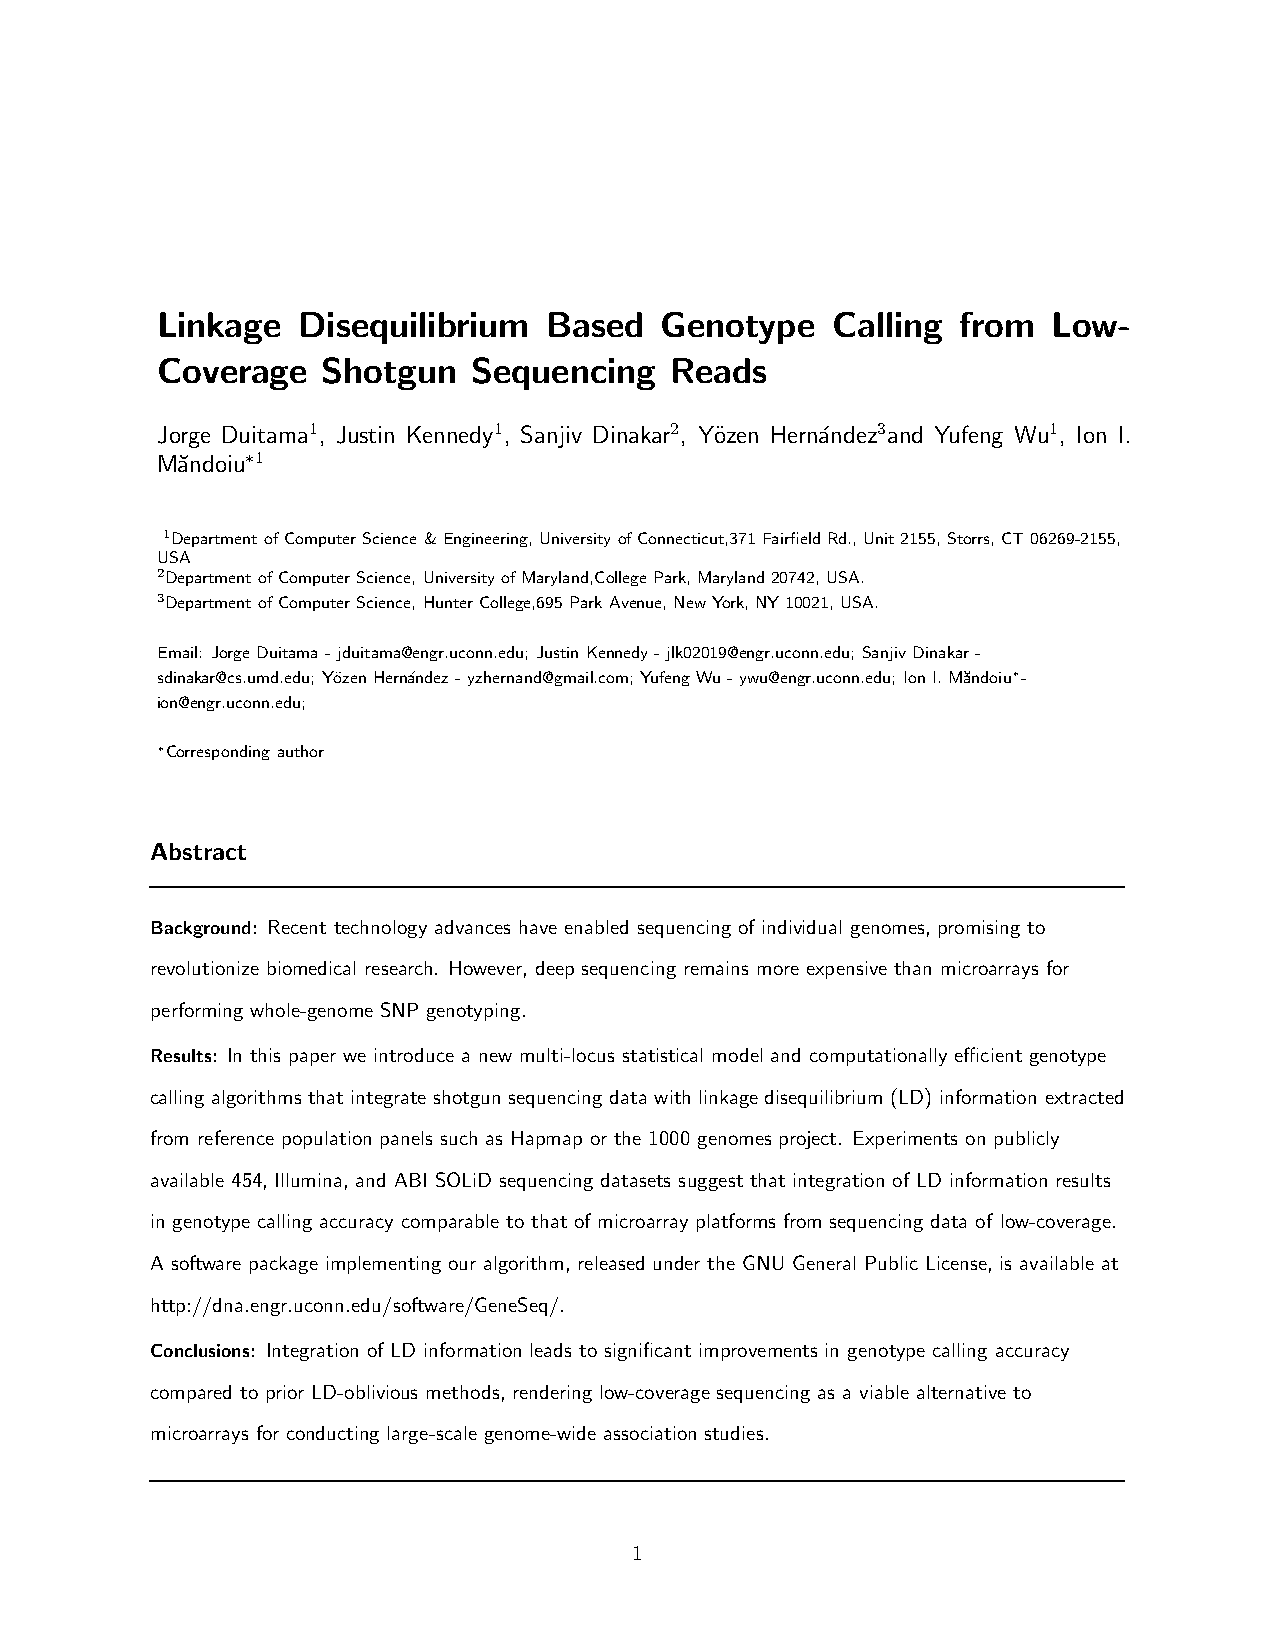
Linkage   Disequilibrium  Based   Genotype   Calling  from  Low-
 Coverage   Shotgun   Sequencing   Reads
 Jorge Duitama1, Justin Kennedy1, Sanjiv Dinakar2, Y¨ozen Hern´andez3and Yufeng Wu1, Ion I.
 M˘andoiu∗1
 1Department ofComputer Science &Engineering, University ofConnecticut,371 FairfieldRd.,Unit2155,Storrs, CT06269-2155,
 USA
 2Department ofComputer Science, UniversityofMaryland,CollegePark,Maryland20742, USA.
 3Department ofComputer Science, HunterCollege,695ParkAvenue,NewYork,NY10021,USA.
 Email: JorgeDuitama -jduitama@engr.uconn.edu; JustinKennedy -jlk02019@engr.uconn.edu; SanjivDinakar-
 sdinakar@cs.umd.edu; Yo¨zenHern´andez -yzhernand@gmail.com; YufengWu-ywu@engr.uconn.edu; IonI.M˘andoiu∗-
 ion@engr.uconn.edu;
 ∗Corresponding author
 Abstract
 Background: Recent technology advances have enabled sequencing of individual genomes, promising to
 revolutionize biomedical research. However, deep sequencing remains more expensive than microarrays for
 performing whole-genome SNP genotyping.
 Results: In this paper we introduce a new multi-locus statistical model and computationally efficient genotype
 calling algorithms that integrate shotgun sequencing data with linkagedisequilibrium (LD) information extracted
 from reference population panels such as Hapmap or the 1000 genomes project. Experiments on publicly
 available 454, Illumina, and ABI SOLiD sequencing datasets suggest that integration of LD information results
 in genotype calling accuracy comparable to that of microarray platforms from sequencing data of low-coverage.
 A software package implementing our algorithm, released under the GNU General Public License, is available at
 http://dna.engr.uconn.edu/software/GeneSeq/.
 Conclusions: Integration of LD information leads to significant improvements in genotype calling accuracy
 compared to prior LD-oblivious methods, rendering low-coverage sequencing as a viable alternative to
 microarrays for conducting large-scale genome-wide association studies.
 1